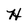
Character: H